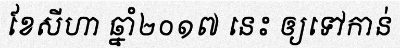
ខែសីហា ឆ្នាំ២០១៧ នេះ ឲ្យទៅកាន់